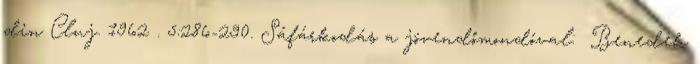
din Cluj. 1962 . 5:286-290. Sáfárkodás a jövendőmondóval: Benedek